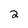
Character: 2